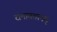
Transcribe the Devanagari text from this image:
रामावतानम्‌